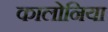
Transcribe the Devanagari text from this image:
कालोनिया